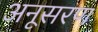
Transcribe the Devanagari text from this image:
अनूसरण